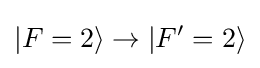
|F=2\rangle \rightarrow |F'=2\rangle